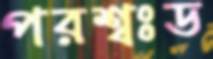
পরশ্বঃড